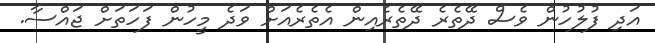
އަދި ފުލުހުން ވެސް ދޭތެރެ ދޭތެރެއިން އެތެރެއަށް ވަދެ މީހުން ފަހަތަށް ޖައްސާ.